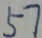
5 7